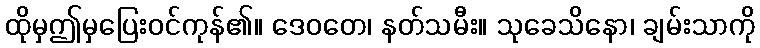
ထိုမှဤမှပြေးဝင်ကုန်၏။ ဒေဝတေ၊ နတ်သမီး။ သုခေသိနော၊ ချမ်းသာကို